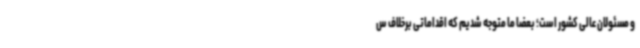
و مسئولان عالی کشور است؛ بعضاً ما متوجه شدیم که اقداماتی برخلاف س